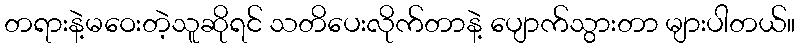
တရားနဲ့မဝေးတဲ့သူဆိုရင် သတိပေးလိုက်တာနဲ့ ပျောက်သွားတာ များပါတယ်။